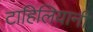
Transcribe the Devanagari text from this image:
टाहिलियानी